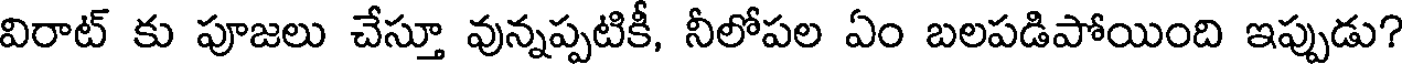
విరాట్ కు పూజలు చేస్తూ వున్నప్పటికీ, నీలోపల ఏం బలపడిపోయింది ఇప్పుడు?